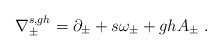
\begin{align*}\nabla^{s,gh}_{\pm}=\partial _{\pm}+s\omega _{\pm}+gh A_{\pm}\ .\end{align*}